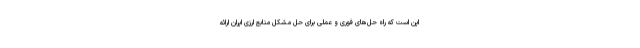
این است که راه­ حل­های فوری و عملی برای حل مشکل منابع ارزی ایران ارائه